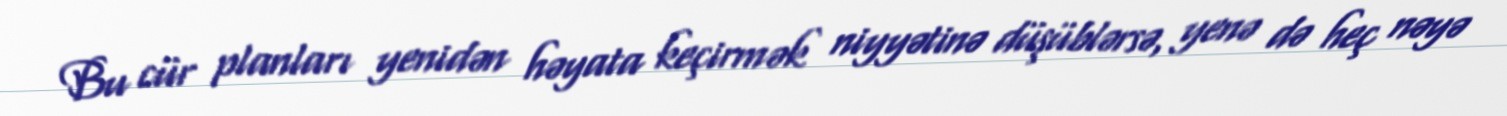
Bu cür planları yenidən həyata keçirmək niyyətinə düşüblərsə, yenə də heç nəyə